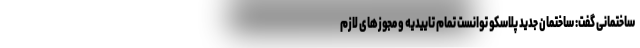
ساختمانی گفت: ساختمان جدید پلاسکو توانست تمام تاییدیه و مجوزهای لازم